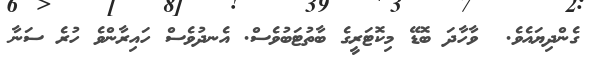
ގެންދިޔައެވެ.  ވާާހާދަ ބޮޑޭ މިކޮޓަރީގެ ބާތުޓަބުވެސް. އެނދުވެސް ހައިރާންވެ ހުރެ ސަނާ